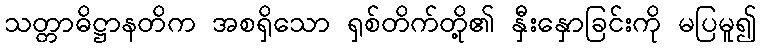
သတ္တာဓိဋ္ဌာနတိက အစရှိသော ရှစ်တိက်တို့၏ နှီးနှောခြင်းကို မပြမူ၍